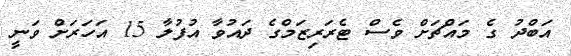
އަބްދު ގެ މައްޗަށް ވެސް ޓެރަރިޒަމްގެ ދައުވާ އުފުލާ 15 އަހަރަށް ވަނީ